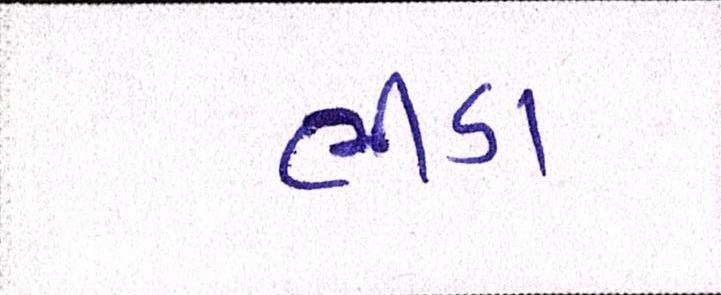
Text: ભીંડા